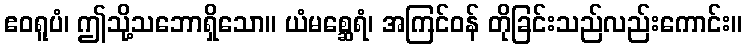
ဧဝရူပံ၊ ဤသို့သဘောရှိသော။ ယံမစ္ဆေရံ၊ အကြင်ဝန် တိုခြင်းသည်လည်းကောင်း။